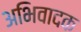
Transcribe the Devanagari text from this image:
अभिवादक